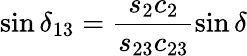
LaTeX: \sin\delta_{13}=\frac{s_{2}c_{2}}{s_{23}c_{23}}\sin\delta